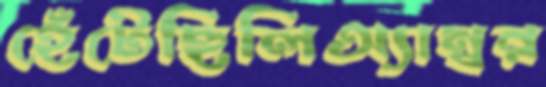
হেঁটেছিলিঅ্যাম্বর